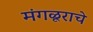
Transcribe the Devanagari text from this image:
मंगळूराचे